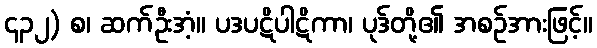
၄၃၂) စ၊ ဆက်ဦးအံ့။ ပဒပဋိပါဋိကာ၊ ပုဒ်တို့၏ အစဉ်အားဖြင့်။